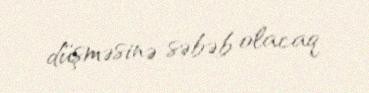
düşməsinə səbəb olacaq.